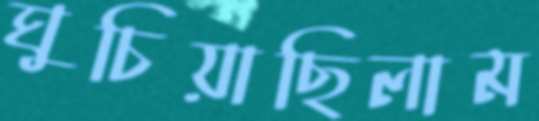
ঘুচিয়াছিলাম